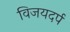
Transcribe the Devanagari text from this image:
विजयदर्प